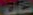
1725